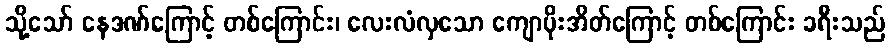
သို့သော် နေဒဏ်ကြောင့် တစ်ကြောင်း၊ လေးလံလှသော ကျောပိုးအိတ်ကြောင့် တစ်ကြောင်း ခရီးသည်